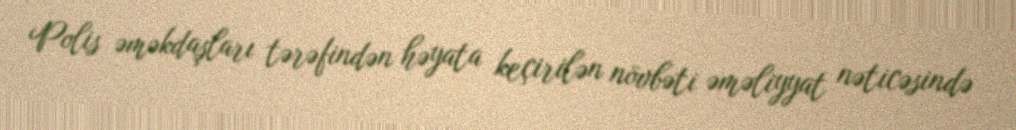
Polis əməkdaşları tərəfindən həyata keçirilən növbəti əməliyyat nəticəsində